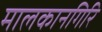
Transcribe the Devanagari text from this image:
मालकानगिरि